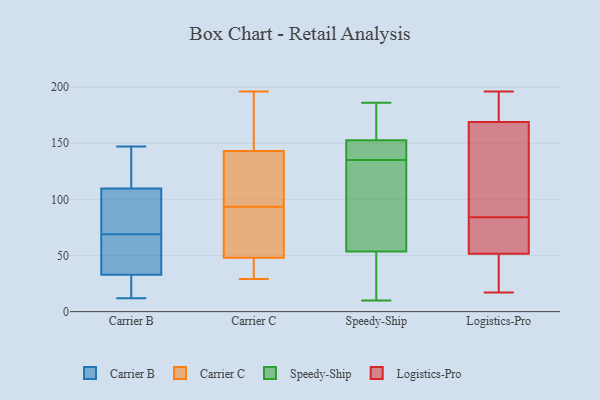
{"axis": {"x": "Conversion Rate (%)", "y": "Value"}, "legend": ["Carrier B", "Carrier C", "Logistics-Pro", "Speedy-Ship"], "data": [{"x": "", "y": 62, "type": "Carrier B"}, {"x": "", "y": 81, "type": "Carrier B"}, {"x": "", "y": 147, "type": "Carrier B"}, {"x": "", "y": 44, "type": "Carrier B"}, {"x": "", "y": 12, "type": "Carrier B"}, {"x": "", "y": 117, "type": "Carrier B"}, {"x": "", "y": 69, "type": "Carrier B"}, {"x": "", "y": 32, "type": "Carrier B"}, {"x": "", "y": 21, "type": "Carrier B"}, {"x": "", "y": 85, "type": "Carrier B"}, {"x": "", "y": 112, "type": "Carrier B"}, {"x": "", "y": 116, "type": "Carrier B"}, {"x": "", "y": 31, "type": "Carrier B"}, {"x": "", "y": 35, "type": "Carrier B"}, {"x": "", "y": 103, "type": "Carrier B"}, {"x": "", "y": 102, "type": "Carrier C"}, {"x": "", "y": 40, "type": "Carrier C"}, {"x": "", "y": 48, "type": "Carrier C"}, {"x": "", "y": 85, "type": "Carrier C"}, {"x": "", "y": 193, "type": "Carrier C"}, {"x": "", "y": 81, "type": "Carrier C"}, {"x": "", "y": 130, "type": "Carrier C"}, {"x": "", "y": 196, "type": "Carrier C"}, {"x": "", "y": 143, "type": "Carrier C"}, {"x": "", "y": 29, "type": "Carrier C"}, {"x": "", "y": 163, "type": "Speedy-Ship"}, {"x": "", "y": 77, "type": "Speedy-Ship"}, {"x": "", "y": 62, "type": "Speedy-Ship"}, {"x": "", "y": 24, "type": "Speedy-Ship"}, {"x": "", "y": 28, "type": "Speedy-Ship"}, {"x": "", "y": 135, "type": "Speedy-Ship"}, {"x": "", "y": 146, "type": "Speedy-Ship"}, {"x": "", "y": 145, "type": "Speedy-Ship"}, {"x": "", "y": 151, "type": "Speedy-Ship"}, {"x": "", "y": 74, "type": "Speedy-Ship"}, {"x": "", "y": 158, "type": "Speedy-Ship"}, {"x": "", "y": 10, "type": "Speedy-Ship"}, {"x": "", "y": 76, "type": "Speedy-Ship"}, {"x": "", "y": 162, "type": "Speedy-Ship"}, {"x": "", "y": 186, "type": "Speedy-Ship"}, {"x": "", "y": 12, "type": "Speedy-Ship"}, {"x": "", "y": 151, "type": "Speedy-Ship"}, {"x": "", "y": 65, "type": "Logistics-Pro"}, {"x": "", "y": 37, "type": "Logistics-Pro"}, {"x": "", "y": 84, "type": "Logistics-Pro"}, {"x": "", "y": 84, "type": "Logistics-Pro"}, {"x": "", "y": 178, "type": "Logistics-Pro"}, {"x": "", "y": 194, "type": "Logistics-Pro"}, {"x": "", "y": 189, "type": "Logistics-Pro"}, {"x": "", "y": 27, "type": "Logistics-Pro"}, {"x": "", "y": 53, "type": "Logistics-Pro"}, {"x": "", "y": 47, "type": "Logistics-Pro"}, {"x": "", "y": 147, "type": "Logistics-Pro"}, {"x": "", "y": 72, "type": "Logistics-Pro"}, {"x": "", "y": 17, "type": "Logistics-Pro"}, {"x": "", "y": 148, "type": "Logistics-Pro"}, {"x": "", "y": 196, "type": "Logistics-Pro"}, {"x": "", "y": 145, "type": "Logistics-Pro"}, {"x": "", "y": 166, "type": "Logistics-Pro"}]}